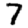
Digit: 7